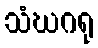
သံဃဂရု